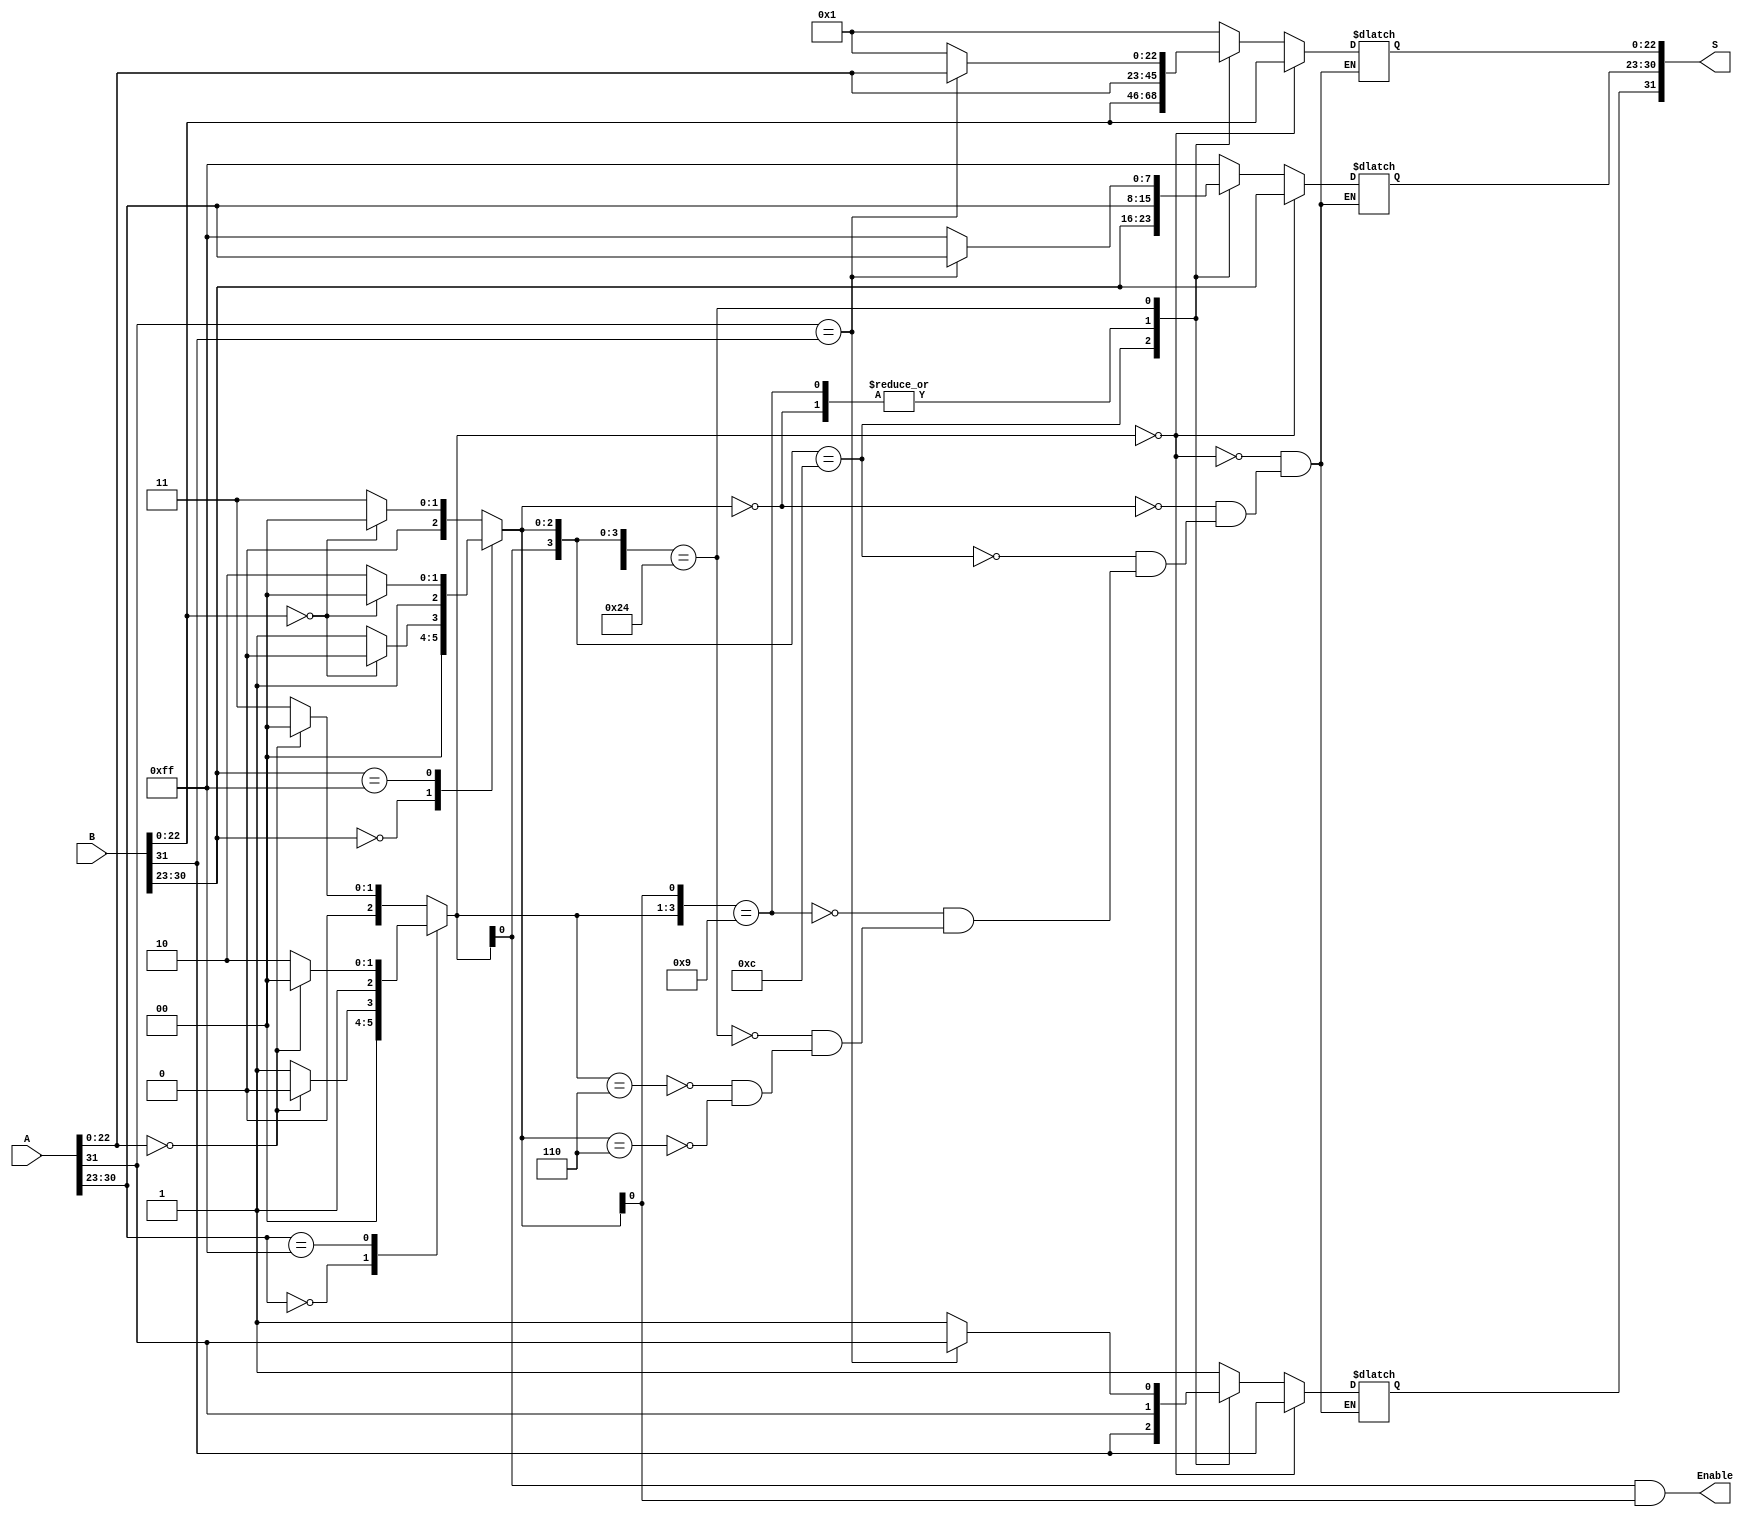
module special_case
(
    input   [31 : 0]   A, B,
    output             Enable,
    output  [31 : 0]   S
);
    
wire       S_A = A[31] ;            // S_A --> sign of input A
wire       S_B = B[31] ;            // S_A --> sign of input B
reg        S_S;                     // S_S --> sign of output S

wire [7:0] E_A = A[30:23] ;         // E_A --> exponent of input A
wire [7:0] E_B = B[30:23] ;         // E_B --> exponent of input B
reg  [7:0] E_S;                     // E_S --> exponent of output S

wire [22:0] M_A = A[22:0] ;         // M_A --> mantissa of input A
wire [22:0] M_B = B[22:0] ;         // M_B --> mantissa of input B
reg  [22:0] M_S;                    // M_S --> mantissa of output S

reg  [2:0]  temp_A, temp_B;

assign Enable = temp_A[0] & temp_B[0];

assign S = {S_S, E_S, M_S};

always @(*) begin

    case (E_A)

        8'h00:  if (M_A == 0)
                    temp_A = 000;
                else 
                    temp_A = 001;
        
        8'hff:  if (M_A == 0)
                    temp_A = 100;
                else 
                    temp_A = 110;

        default:    if (M_A == 0)
                        temp_A = 000;
                    else 
                        temp_A = 011;

    endcase
    
    case (E_B)

        8'h00:  if (M_B == 0)
                    temp_B = 000;
                else 
                    temp_B = 001;
        
        8'hff:  if (M_B == 0)
                    temp_B = 100;
                else 
                    temp_B = 110;

        default:    if (M_B == 0)
                        temp_B = 000;
                    else 
                        temp_B = 011;

    endcase
    
end

always @(S_A, S_B, temp_A, temp_B) begin
    
    casez ({temp_A, temp_B})

        6'b000zzz : begin                       // Zero +/- Number B
                S_S = S_B;
                E_S = E_B;
                M_S = M_B; 
            end
        
        6'bzzz000 : begin                       // Number A +/- Zero
                S_S = S_A;
                E_S = E_A;
                M_S = M_A; 
            end

        6'bzz1100 : begin                       // Normal or Subnormal +/- Infinity
                S_S = S_B;
                E_S = E_B;
                M_S = M_B; 
            end

        6'b100zz1 : begin                       // Infinity +/- Normal or Subnormal
                S_S = S_A;
                E_S = E_A;
                M_S = M_A; 
            end

        6'b100100 : begin                       
                if (S_A == S_B) begin           // Infinity +/- Infinity
                            S_S = S_A;
                            E_S = E_A;
                            M_S = M_A;
                        end 
                else    begin                   // +Infinity - Infinity
                            S_S = 'h1;
                            E_S = 'hff;
                            M_S = 'h1;
                        end
            end

        6'b110zzz : begin                       // +Infinity - Infinity
                S_S = 'h1;
                E_S = 'hff;
                M_S = 'h1; 
            end

        6'bzzz110 : begin                       // +Infinity - Infinity
                S_S = 'h1;
                E_S = 'hff;
                M_S = 'h1; 
            end

        default: begin
                S_S = S_S;
                E_S = E_S;
                M_S = M_S; 
            end
    endcase

end

endmodule // special_case